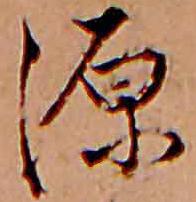
源